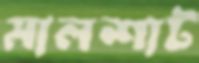
মালশাট